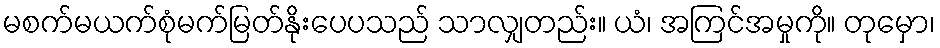
မစက်မယက်စုံမက်မြတ်နိုးပေပသည် သာလျှတည်း။ ယံ၊ အကြင်အမှုကို။ တုမှော၊